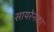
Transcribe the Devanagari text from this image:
सायरेनेका